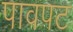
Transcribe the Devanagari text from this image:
पावपट